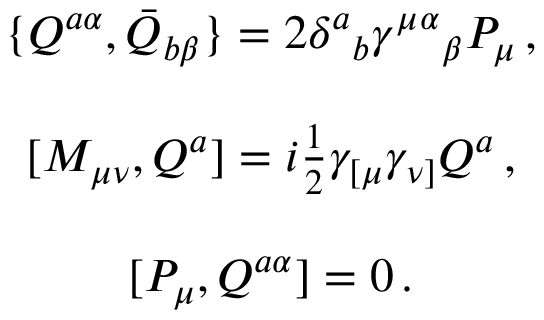
\begin{array} { c } { { \{ Q ^ { a \alpha } , \bar { Q } _ { b \beta } \} = 2 \delta ^ { a } { } _ { b } \gamma ^ { \mu } { } ^ { \alpha } { } _ { \beta } P _ { \mu } \, , } } \\ { { { } } } \\ { { { } [ M _ { \mu \nu } , Q ^ { a } ] = i \textstyle { \frac { 1 } { 2 } } \gamma _ { [ \mu } \gamma _ { \nu ] } Q ^ { a } \, , } } \\ { { { } } } \\ { { { } [ { P } _ { \mu } , Q ^ { a \alpha } ] = 0 \, . } } \end{array}